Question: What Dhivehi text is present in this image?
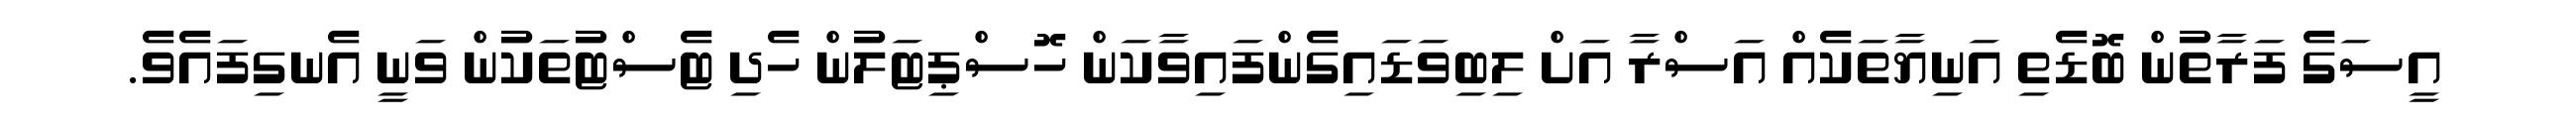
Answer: އީސަގެ ފަރާތުން ބޮޑެތި އަނިޔާތަކެއް އަސްރާ އަށް ލިބިވަޑައިގެންފައިވާކަން ހޮސްޕިޓަލުން ހެދި ޓެސްޓުތަކުން ވަނީ އެނގިފައެވެ.